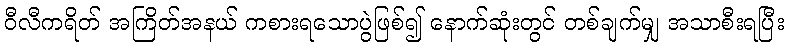
ဝီလီကရိတ် အကြိတ်အနယ် ကစားရသောပွဲဖြစ်၍ နောက်ဆုံးတွင် တစ်ချက်မျှ အသာစီးရပြီး